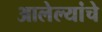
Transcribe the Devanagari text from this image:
आलेल्यांचे